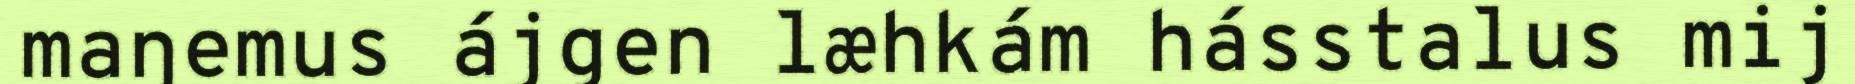
maŋemus ájgen læhkám hásstalus mij